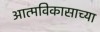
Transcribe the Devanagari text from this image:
आत्मविकासाच्या